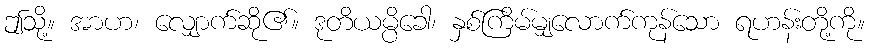
ဤသို့။ အာဟ၊ လျှောက်ဆို၏။ ဒုတိယမ္ပိခေါ၊ နှစ်ကြိမ်မျှလောက်ကုန်သော ရဟန်းတို့ကို။